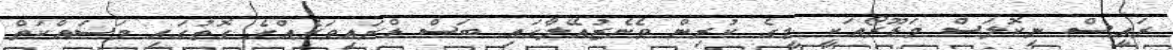
ރައީސް ނިކޮލަސް މަޑޫރޯއަކީ މީގެ ކުރިން ވެނެޒުއޭލާގައި ބަސް ޑްރައިވަރެއްގެ ގޮތުގައި މަސައްކަތް